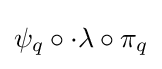
\psi _{q}\circ \cdot \lambda \circ \pi _{q}